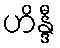
ဟိန္ဒီ